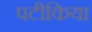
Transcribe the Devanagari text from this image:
पटीकिया